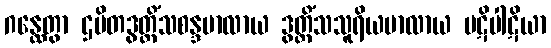
ဂန္ထေတွာ ဌပိတဒွတ္တိံသစန္ဒမာလာယ ဒွတ္တိံသသူရိယမာလာယ ပဋိပါဋိယာ